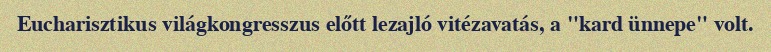
Eucharisztikus világkongresszus előtt lezajló vitézavatás, a "kard ünnepe" volt.